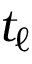
t _ { \ell }